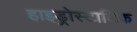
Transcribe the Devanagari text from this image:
हाइड्रोस्टाटिक